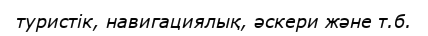
туристік, навигациялық, әскери және т.б.